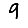
Digit: 9